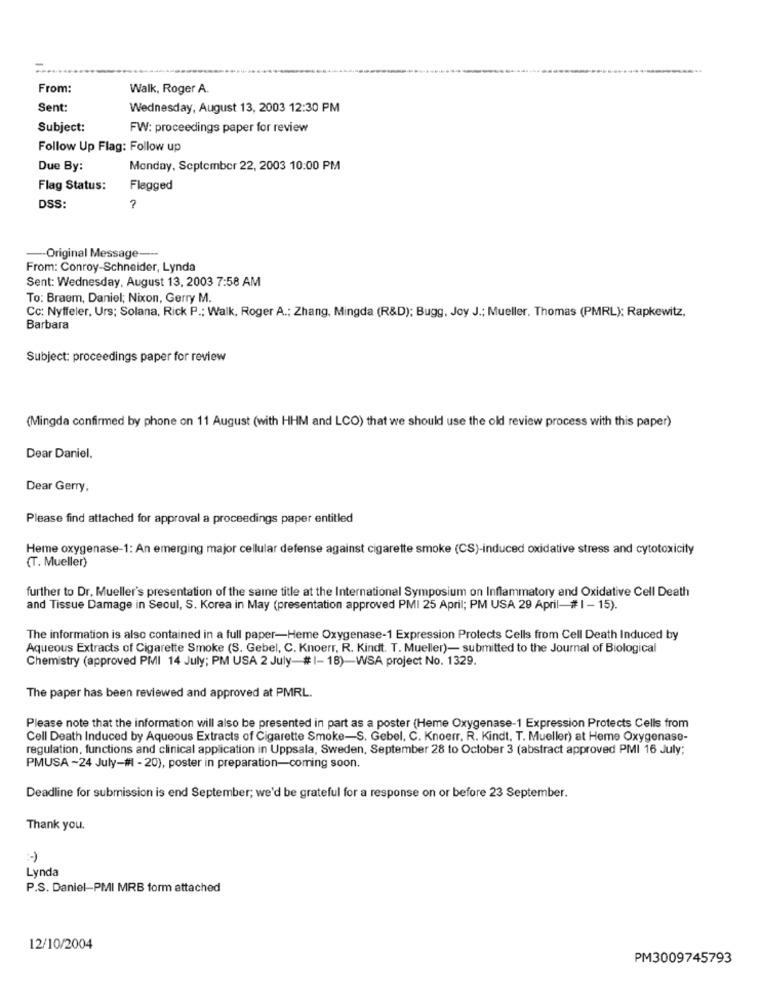
From:
Walk, Roger A.
Sent:
Wednesday, August 13, 2003 12:30 PM
Subject:
FW: proceedings paper for review
Follow Up Flag: Follow up
Due By:
Monday, September 22, 2003 10:00 PM
Flag Status:
Flagged
DSS:
?
-Original Message ---
From: Conroy-Schneider, Lynda
Sent: Wednesday, August 13, 2003 7:58 AM
To: Braem, Daniel; Nixon, Gerry M.
Cc: Nyffeler, Urs; Solana, Rick P .; Walk, Roger A .; Zhang, Mingda (R&D); Bugg, Joy J .; Mueller. Thomas (PMRL): Rapkewitz,
Barbara
Subject: proceedings paper for review
(Mingda confirmed by phone on 11 August (with HHM and LCO) that we should use the old review process with this paper)
Dear Daniel.
Dear Gerry,
Please find attached for approval a proceedings paper entitled
Heme oxygenase-1: An emerging major cellular defense against cigarette smoke (CS)-induced oxidative stress and cytotoxicity
(T. Mueller)
further to Dr. Mueller's presentation of the saine title at the International Symposium on Inflammatory and Oxidative Cell Death
and Tissue Damage in Seoul, S. Korea in May (presentation approved PMI 25 April; PM USA 29 April-# 1 - 15).
The information is also contained in a full paper-Heme Oxygenase-1 Expression Protects Cells from Cell Death Induced by
Aqueous Extracts of Cigarette Smoke (S. Gebel, C. Knoerr, R. Kindt. T. Mueller)- submitted to the Journal of Biological
Chemistry (approved PMI 14 July; PM USA 2 July-# 1- 18)-WSA project No. 1329.
The paper has been reviewed and approved at PMRL.
Please note that the information will also be presented in part as a poster (Heme Oxygenase-1 Expression Protects Cells from
Cell Death Induced by Aqueous Extracts of Cigarette Smoke-S. Gebel, C. Knoerr. R. Kindt, T. Mueller) at Heme Oxygenase-
regulation, functions and clinical application in Uppsala, Sweden, September 28 to October 3 (abstract approved PMI 16 July;
PMUSA -24 July-#1 - 20), poster in preparation-coming soon.
Deadline for submission is end September; we'd be grateful for a response on or before 23 September.
Thank you.
Lynda
P.S. Daniel-PMI MRB form attached
12/10/2004
PM3009745793